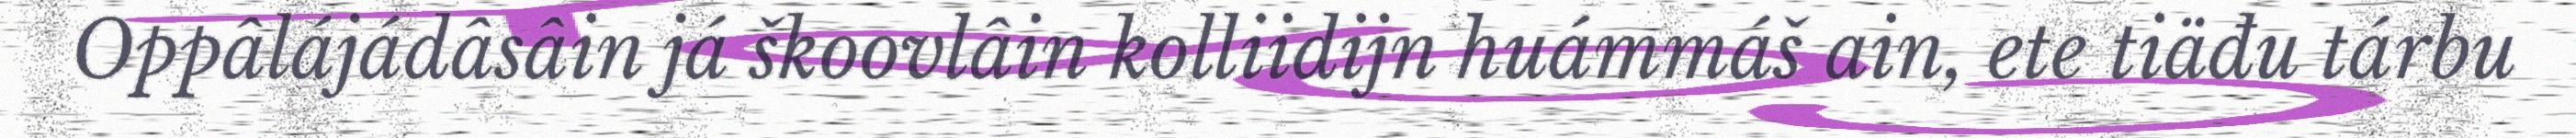
Oppâlájádâsâin já škoovlâin kolliidijn huámmáš ain, ete tiäđu tárbu